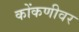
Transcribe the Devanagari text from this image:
कोंकणीवर